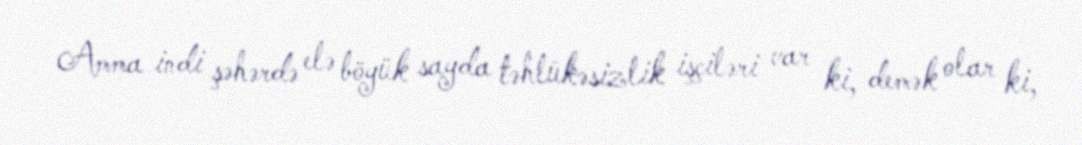
Amma indi şəhərdə elə böyük sayda təhlükəsizlik işçiləri var ki, demək olar ki,